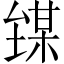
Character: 𪤘